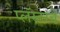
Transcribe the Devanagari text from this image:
प्लॅस्टरचे